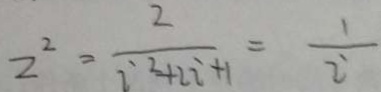
2 ^ { 2 } = \frac { 2 } { i ^ { 2 } + 2 i + 1 } = \frac { 1 } { i }